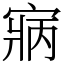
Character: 寎